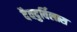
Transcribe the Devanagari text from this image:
दैवदुर्विलास